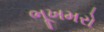
ભૂખમરો